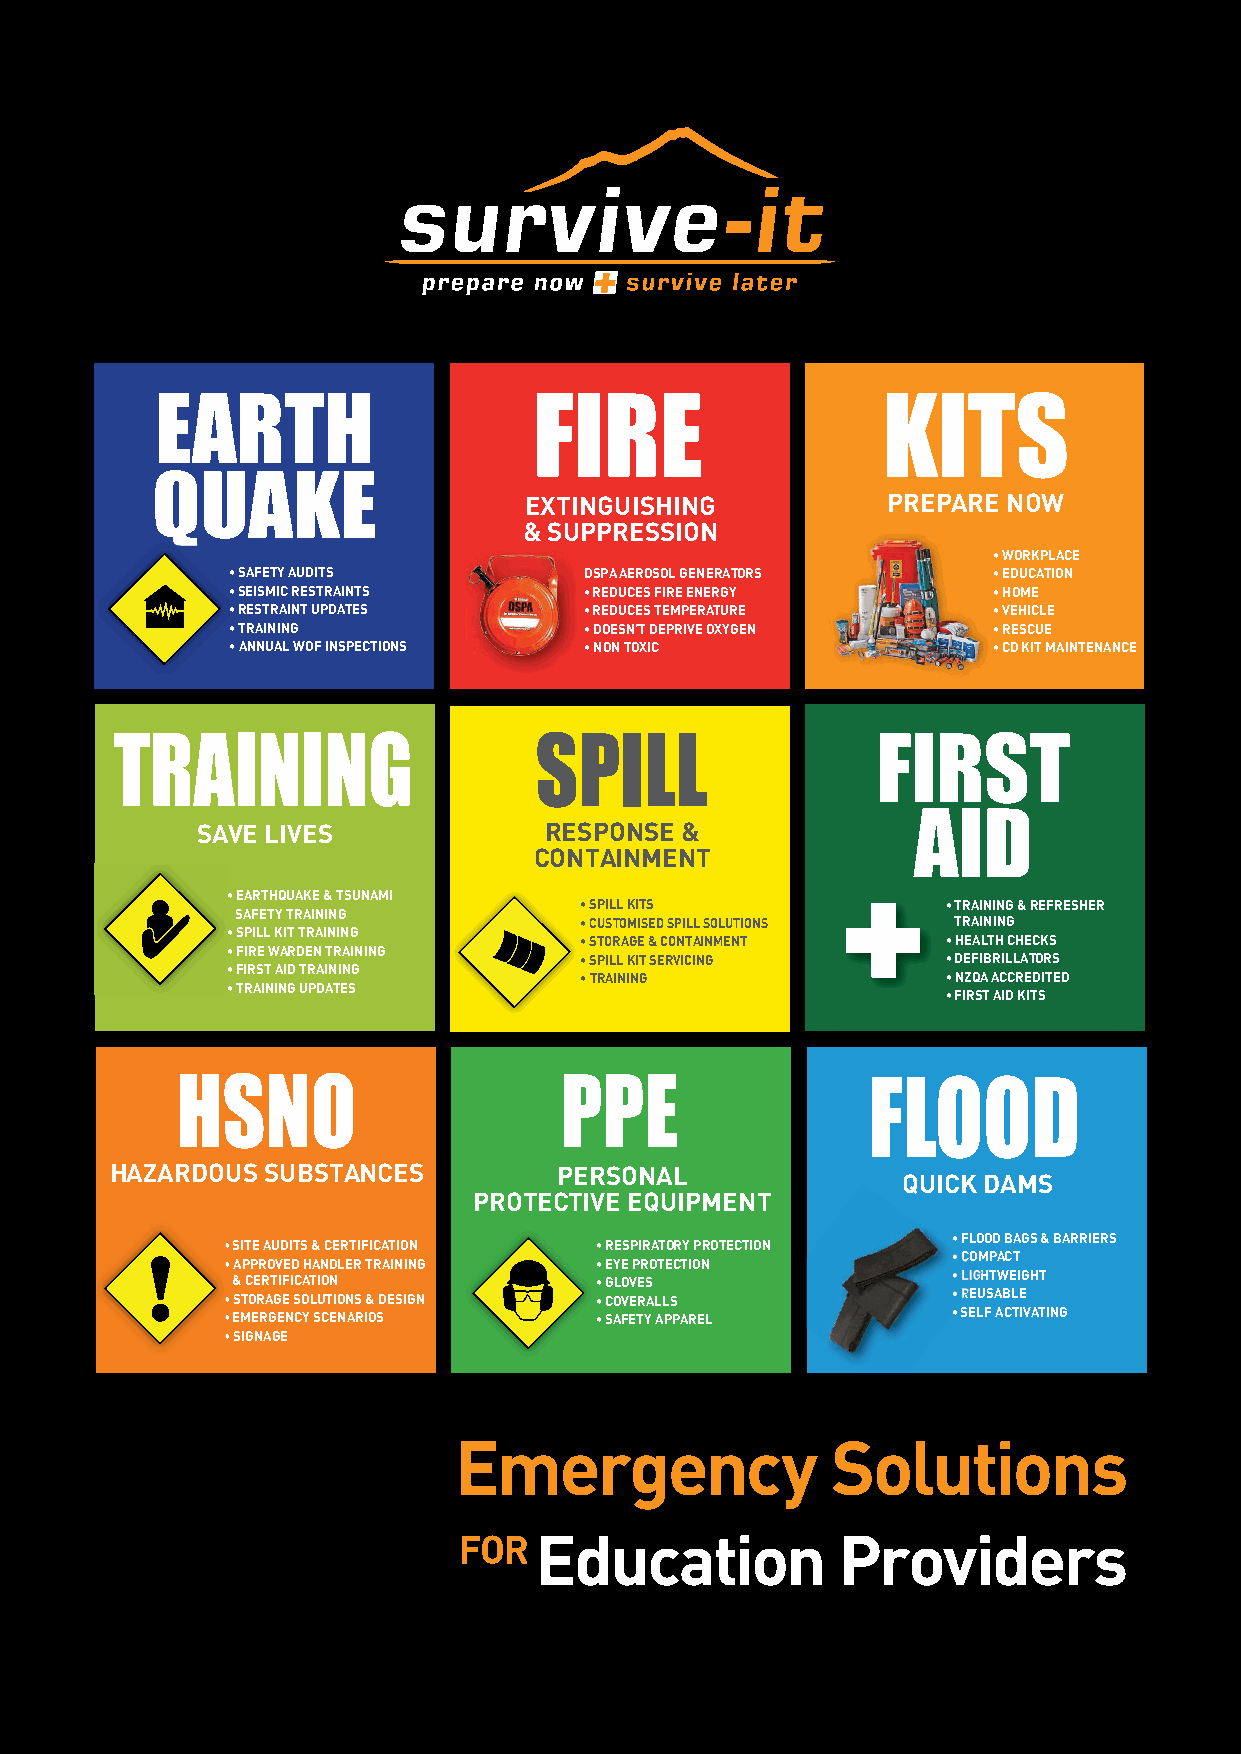
FIRE                   KITS
 EXTINGUISHING           PREPARE NOW
 & SUPPRESSION
 • WORKPLACE
 • SAFETY AUDITS         DSPA AEROSOL GENERATORS    • EDUCATION
 • SEISMIC RESTRAINTS    • REDUCES FIRE ENERGY      • HOME
 • RESTRAINT UPDATES     • REDUCES TEMPERATURE      • VEHICLE
 • TRAINING              • DOESN’T DEPRIVE OXYGEN   • RESCUE
 • ANNUAL WOF INSPECTIONS • NON TOXIC               • CD KIT MAINTENANCE
 TRAINING                    SPILL
 SAVE LIVES             RESPONSE &
 CONTAINMENT
 • EARTHQUAKE & TSUNAMI
 • SPILL KITS             • TRAINING & REFRESHER
 SAFETY TRAINING
 • CUSTOMISED SPILL SOLUTIONS TRAINING
 • SPILL KIT TRAINING
 • STORAGE & CONTAINMENT  • HEALTH CHECKS
 • FIRE WARDEN TRAINING
 • SPILL KIT SERVICING    • DEFIBRILLATORS
 • FIRST AID TRAINING
 • TRAINING               • NZQA ACCREDITED
 • TRAINING UPDATES
 • FIRST AID KITS
 HSNO                     PPE
 HAZARDOUS SUBSTANCES          PERSONAL
 QUICK DAMS
 PROTECTIVE EQUIPMENT
 • FLOOD BAGS & BARRIERS
 • SITE AUDITS & CERTIFICATION • RESPIRATORY PROTECTION
 • COMPACT
 • APPROVED HANDLER TRAINING • EYE PROTECTION
 & CERTIFICATION         • GLOVES                • LIGHTWEIGHT
 • STORAGE SOLUTIONS & DESIGN • COVERALLS        • REUSABLE
 • EMERGENCY SCENARIOS   • SAFETY APPAREL        • SELF ACTIVATING
 • SIGNAGE